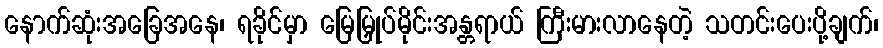
နောက်ဆုံးအခြေအနေ၊ ရခိုင်မှာ မြေမြှုပ်မိုင်းအန္တရာယ် ကြီးမားလာနေတဲ့ သတင်းပေးပို့ချက်၊